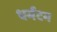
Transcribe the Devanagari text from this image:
धर्मटम